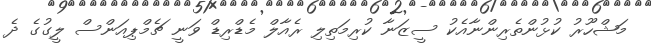
މަޝްހޫރު ކުޅުންތެރިންނާއެކު ސީޒަނާ ކުރިމަތިލި ރެއާލް މެޑްރިޑް ވަނީ ޗެމްޕިއަންސް ލީގުގެ ދެ